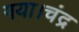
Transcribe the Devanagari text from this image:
गया।चंद्र